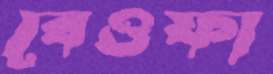
বেওফা